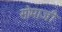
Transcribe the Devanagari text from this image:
सोमाजी